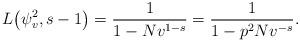
LaTeX: \begin{gather*} L\big(\psi_v^2, s-1\big) = \frac{1}{1 - Nv^{1-s}} = \frac{1}{1 - p^2 Nv^{-s}}.\end{gather*}